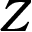
Z